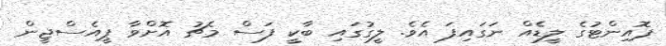
ޕޮއިންޓުގެ ލީޑެއް ނަގައިފަ އެވެ. ލީގުގައި ބާކީ ފަސް މެޗު އޮށްވާ ޕީއެސްޖީން